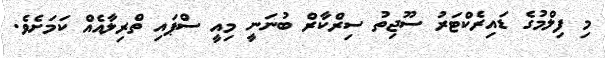
މި ފިލްމުގެ ޑައިރެކްޓަރު ސޫޖިތު ސިރްކާރް ބުނަނީ މިއީ ސްޕައި ތްރިލާއެއް ކަމަށެވެ.